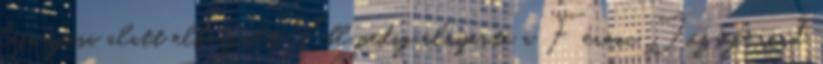
leforgása alatt elkészült, Ybl pedig elnyerte a Ferenc József-rend